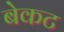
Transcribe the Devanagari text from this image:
बेकट